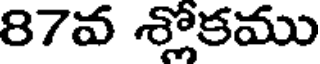
87వ శ్లోకము